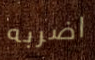
اضربه